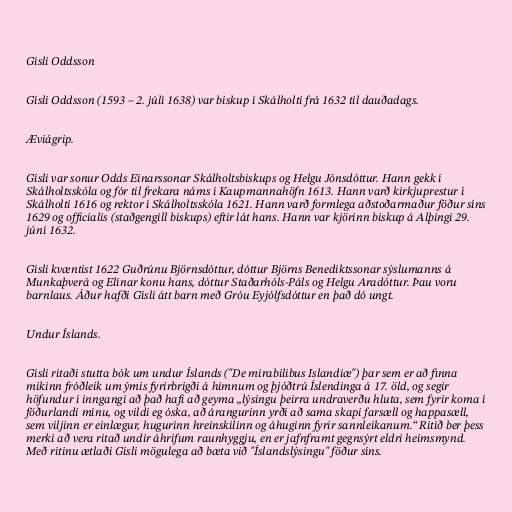
Gísli Oddsson

Gísli Oddsson (1593 – 2. júlí 1638) var biskup í Skálholti frá 1632 til dauðadags.

Æviágrip.

Gísli var sonur Odds Einarssonar Skálholtsbiskups og Helgu Jónsdóttur. Hann gekk í
Skálholtsskóla og fór til frekara náms í Kaupmannahöfn 1613. Hann varð kirkjuprestur í
Skálholti 1616 og rektor í Skálholtsskóla 1621. Hann varð formlega aðstoðarmaður föður síns
1629 og officialis (staðgengill biskups) eftir lát hans. Hann var kjörinn biskup á Alþingi 29.
júní 1632.

Gísli kvæntist 1622 Guðrúnu Björnsdóttur, dóttur Björns Benediktssonar sýslumanns á
Munkaþverá og Elínar konu hans, dóttur Staðarhóls-Páls og Helgu Aradóttur. Þau voru
barnlaus. Áður hafði Gísli átt barn með Gróu Eyjólfsdóttur en það dó ungt.

Undur Íslands.

Gísli ritaði stutta bók um undur Íslands ("De mirabilibus Islandiæ") þar sem er að finna
mikinn fróðleik um ýmis fyrirbrigði á himnum og þjóðtrú Íslendinga á 17. öld, og segir
höfundur í inngangi að það hafi að geyma „lýsingu þeirra undraverðu hluta, sem fyrir koma í
föðurlandi mínu, og vildi eg óska, að árangurinn yrði að sama skapi farsæll og happasæll,
sem viljinn er einlægur, hugurinn hreinskilinn og áhuginn fyrir sannleikanum.“ Ritið ber þess
merki að vera ritað undir áhrifum raunhyggju, en er jafnframt gegnsýrt eldri heimsmynd.
Með ritinu ætlaði Gísli mögulega að bæta við "Íslandslýsingu" föður síns.